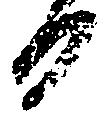
日